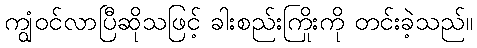
ကျွံဝင်လာပြီဆိုသဖြင့် ခါးစည်းကြိုးကို တင်းခဲ့သည်။